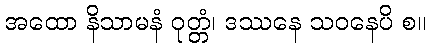
အထော နိသာမနံ ဝုတ္တံ၊ ဒဿနေ သဝနေပိ စ။